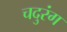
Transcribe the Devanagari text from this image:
चदुरंग